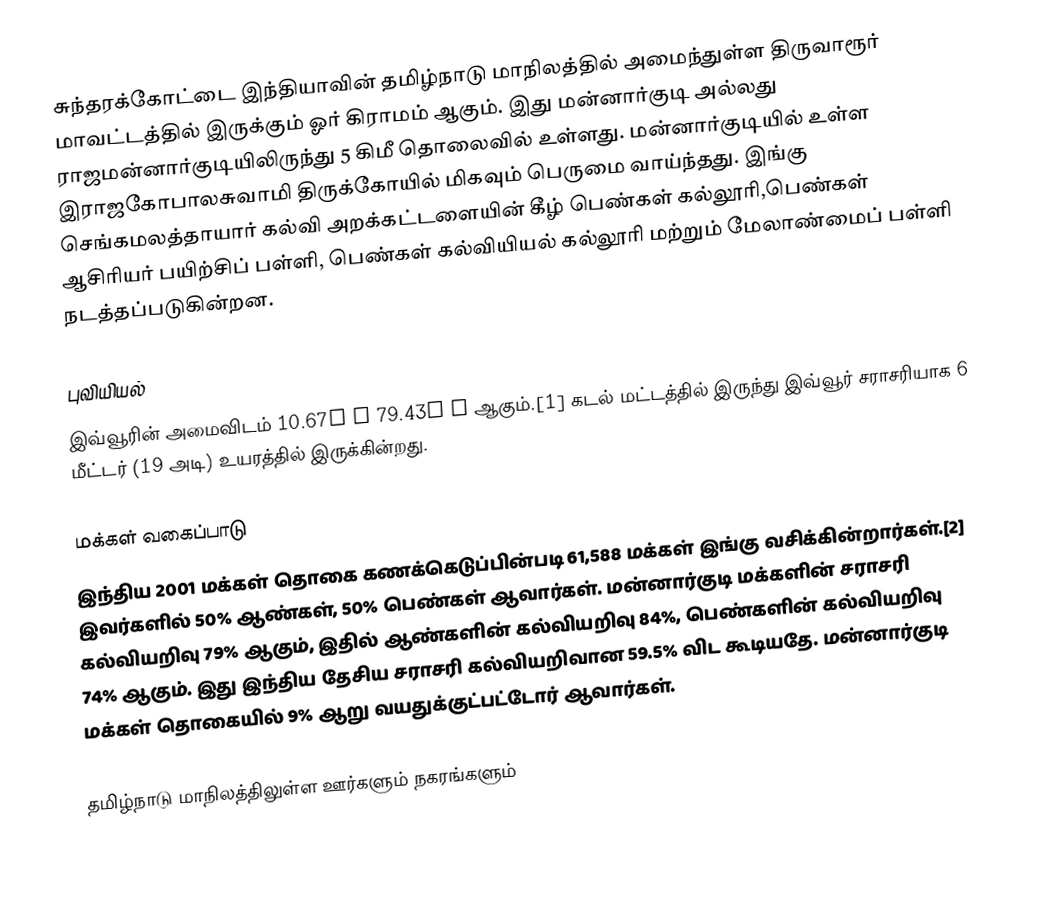
சுந்தரக்கோட்டை இந்தியாவின் தமிழ்நாடு மாநிலத்தில் அமைந்துள்ள  திருவாரூர் மாவட்டத்தில் இருக்கும் ஓர் கிராமம் ஆகும். இது மன்னார்குடி அல்லது ராஜமன்னார்குடியிலிருந்து 5 கிமீ தொலைவில் உள்ளது. மன்னார்குடியில் உள்ள இராஜகோபாலசுவாமி திருக்கோயில் மிகவும் பெருமை வாய்ந்தது. இங்கு செங்கமலத்தாயார் கல்வி அறக்கட்டளையின் கீழ் பெண்கள் கல்லூரி,பெண்கள் ஆசிரியர் பயிற்சிப் பள்ளி, பெண்கள் கல்வியியல் கல்லூரி மற்றும் மேலாண்மைப் பள்ளி நடத்தப்படுகின்றன.

புவியியல்
இவ்வூரின் அமைவிடம் 10.67° N 79.43° E ஆகும்.[1] கடல் மட்டத்தில் இருந்து இவ்வூர் சராசரியாக 6 மீட்டர் (19 அடி) உயரத்தில் இருக்கின்றது.

மக்கள் வகைப்பாடு
இந்திய 2001 மக்கள் தொகை கணக்கெடுப்பின்படி 61,588 மக்கள் இங்கு வசிக்கின்றார்கள்.[2] இவர்களில் 50% ஆண்கள், 50% பெண்கள் ஆவார்கள். மன்னார்குடி மக்களின் சராசரி கல்வியறிவு 79% ஆகும், இதில் ஆண்களின் கல்வியறிவு 84%, பெண்களின் கல்வியறிவு 74% ஆகும். இது இந்திய தேசிய சராசரி கல்வியறிவான 59.5% விட கூடியதே. மன்னார்குடி மக்கள் தொகையில் 9% ஆறு வயதுக்குட்பட்டோர் ஆவார்கள்.

தமிழ்நாடு மாநிலத்திலுள்ள ஊர்களும் நகரங்களும்